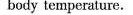
body temperature.